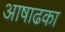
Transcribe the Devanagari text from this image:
आषाढका